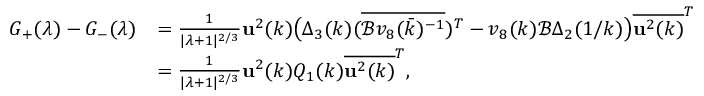
\begin{array} { r l } { G _ { + } ( \lambda ) - G _ { - } ( \lambda ) } & { = \frac { 1 } { | \lambda + 1 | ^ { 2 / 3 } } \mathbf { u } ^ { 2 } ( k ) \big ( \Delta _ { 3 } ( k ) ( \overline { { \mathcal { B } v _ { 8 } ( \bar { k } ) ^ { - 1 } } } ) ^ { T } - v _ { 8 } ( k ) \mathcal { B } \Delta _ { 2 } ( 1 / k ) \big ) \overline { { \mathbf { u } ^ { 2 } ( k ) } } ^ { T } } \\ & { = \frac { 1 } { | \lambda + 1 | ^ { 2 / 3 } } \mathbf { u } ^ { 2 } ( k ) Q _ { 1 } ( k ) \overline { { \mathbf { u } ^ { 2 } ( k ) } } ^ { T } , } \end{array}